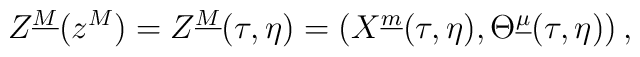
Z^{\underline M}(z^M)=Z^{\underline M}(\tau,\eta)=\left(X^{\underline m}(\tau,\eta),\Theta^{\underline\mu}(\tau,\eta)\right),